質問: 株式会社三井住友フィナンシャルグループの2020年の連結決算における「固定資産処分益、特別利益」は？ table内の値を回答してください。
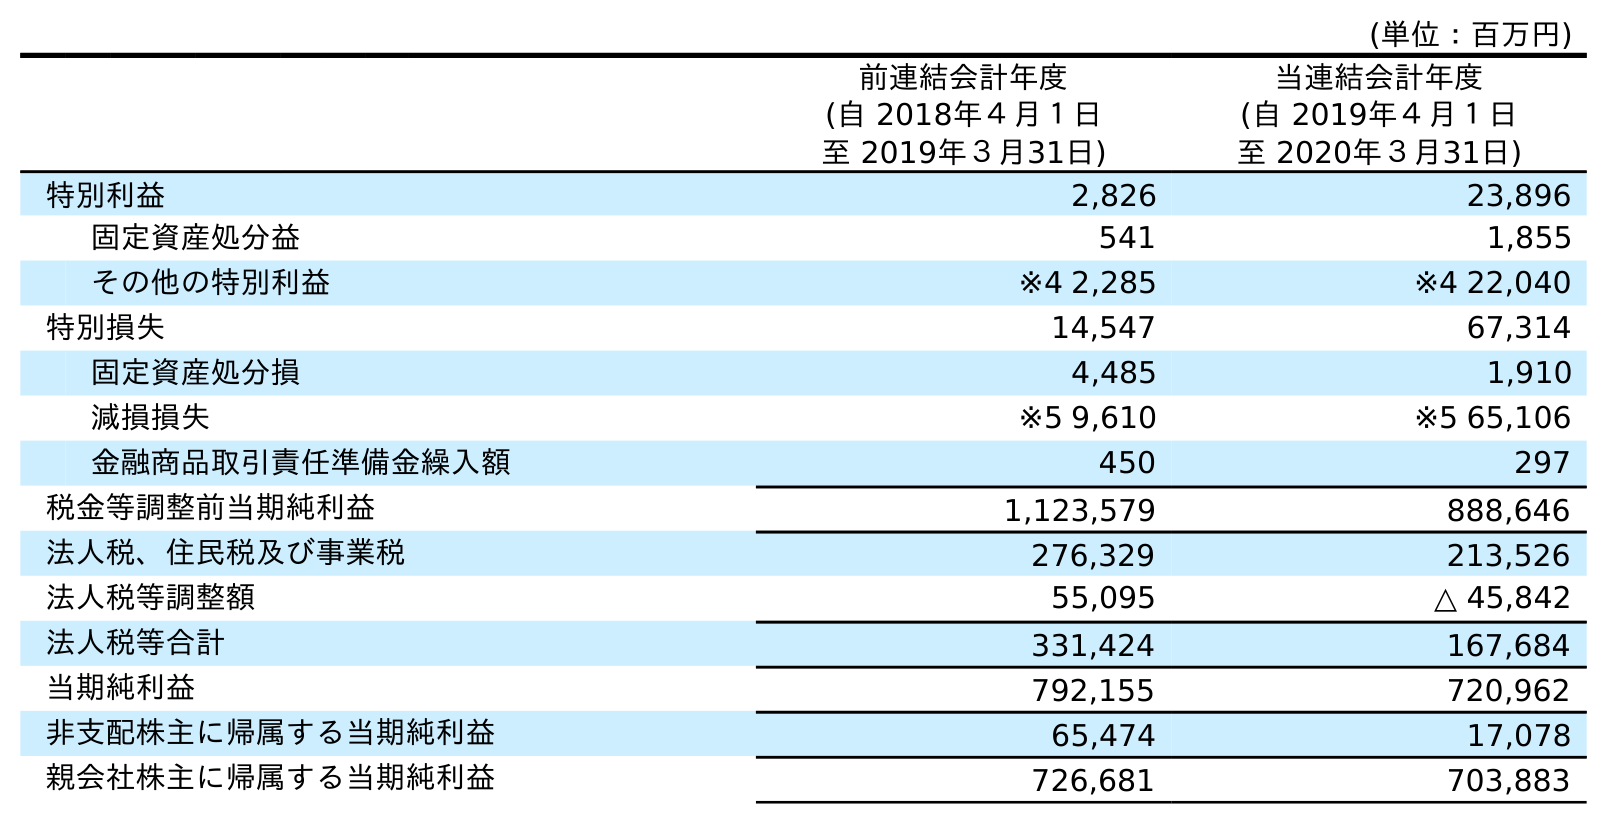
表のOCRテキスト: (単位：百万円) 前連結会計年度 (自 2018年４月１日 至 2019年３月31日) 当連結会計年度 (自 2019年４月１日 至 2020年３月31日) 特別利益 2,826 23,896 固定資産処分益 541 1,855 その他の特別利益 ※4 2,285 ※4 22,040 特別損失 14,547 67,314 固定資産処分損 4,485 1,910 減損損失 ※5 9,610 ※5 65,106 金融商品取引責任準備金繰入額 450 297 税金等調整前当期純利益 1,123,579 888,646 法人税、住民税及び事業税 276,329 213,526 法人税等調整額 55,095 △ 45,842 法人税等合計 331,424 167,684 当期純利益 792,155 720,962 非支配株主に帰属する当期純利益 65,474 17,078 親会社株主に帰属する当期純利益 726,681 703,883
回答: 1,855